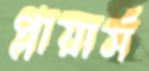
প্লায়ার্স